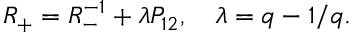
R _ { + } = R _ { - } ^ { - 1 } + \lambda P _ { 1 2 } , ~ ~ ~ \lambda = q - 1 / q .